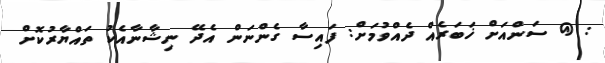
: @ ސަންއަށް ޚަބަރެއް ދެއްވުމަށް: ފައިސާ ގެންނަން އެދޭ ނިޝާނާއެކު ތައްޔާރުކޮށް